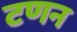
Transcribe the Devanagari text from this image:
टणन